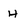
Character: H